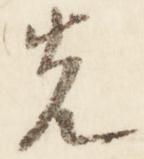
先